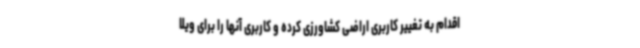
اقدام به تغییر کاربری اراضی کشاورزی کرده و کاربری آنها را برای ویلا